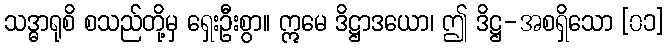
သဒ္ဓာရုစိ စသည်တို့မှ ရှေးဦးစွာ။ ဣမေ ဒိဋ္ဌာဒယော၊ ဤ ဒိဋ္ဌ-အစရှိသော [၀၁]